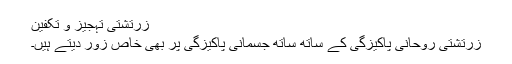
زرتشتی تہجیز و تکفین
زرتشتی روحانی پاکیزگی کے ساتھ ساتھ جسمانی پاکیزگی پر بھی خاص زور دیتے ہیں۔